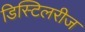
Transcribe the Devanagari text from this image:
डिस्टिलरीज